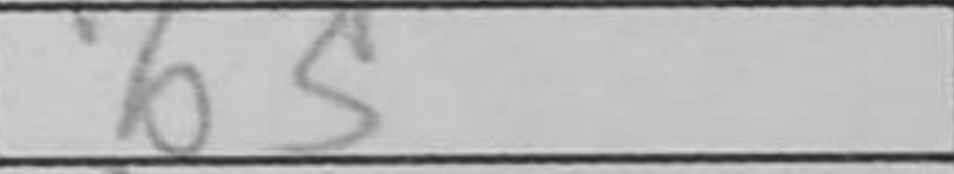
Transcription: b5